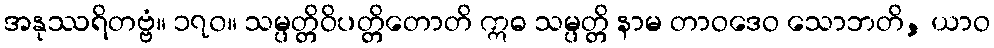
အနုဿရိတဗ္ဗံ။ ၁၇၀။ သမ္ပတ္တိဝိပတ္တိတောတိ ဣဓ သမ္ပတ္တိ နာမ တာဝဒေဝ သောဘတိ, ယာဝ